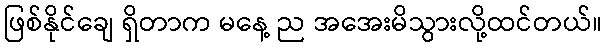
ဖြစ်နိုင်ချေ ရှိတာက မနေ့ ည အအေးမိသွားလို့ထင်တယ်။